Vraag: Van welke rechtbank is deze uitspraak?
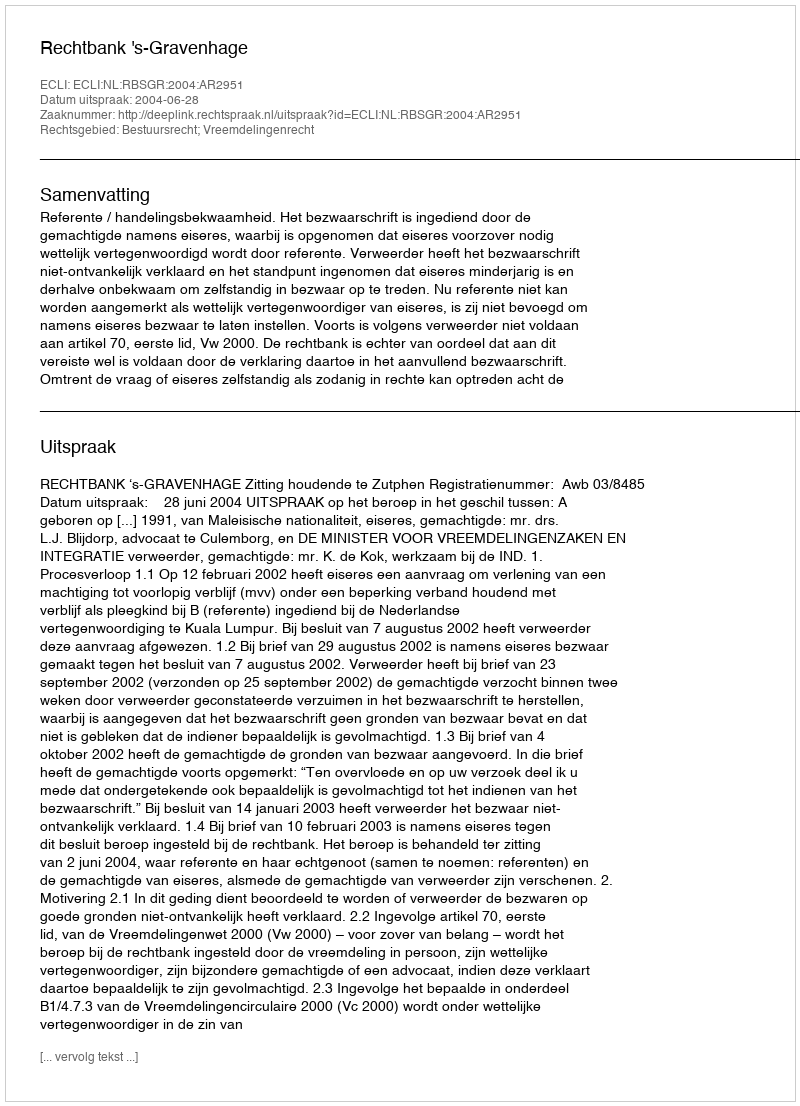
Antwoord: Rechtbank 's-Gravenhage